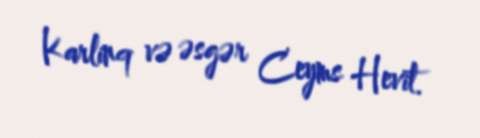
Karlinq və əsgər Ceyms Hevit.